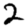
Digit: 2